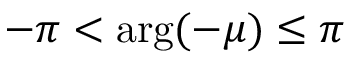
- \pi < \arg ( - \mu ) \leq \pi